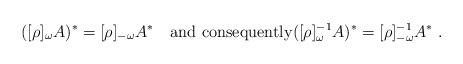
LaTeX: \begin{align*}([\rho]_\omega A)^* = [\rho]_{-\omega}A^* \quad{\rm and\ consequently} ([\rho]^{-1}_\omega A)^* = [\rho]^{-1}_{-\omega}A^*\ .\end{align*}